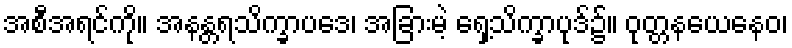
အစီအရင်ကို။ အနန္တရသိက္ခာပဒေ၊ အခြားမဲ့ ရှေ့သိက္ခာပုဒ်၌။ ဝုတ္တနယေနေဝ၊